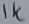
Text: 1K